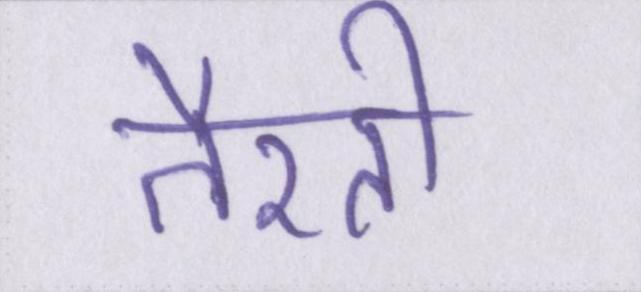
तैरती